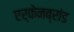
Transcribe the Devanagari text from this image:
एर्केनब्रांड